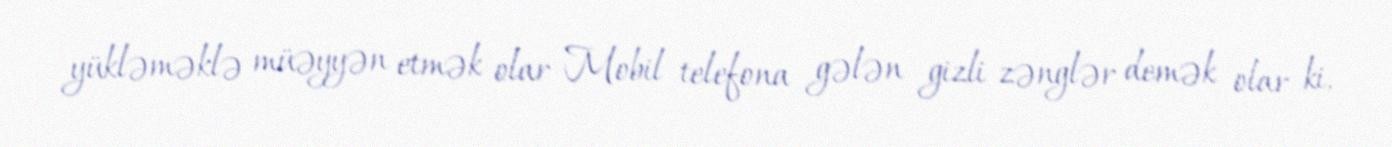
yükləməklə müəyyən etmək olar Mobil telefona gələn gizli zənglər demək olar ki,